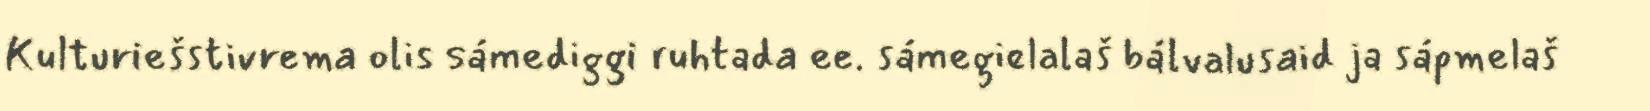
Kulturiešstivrema olis sámediggi ruhtada ee. sámegielalaš bálvalusaid ja sápmelaš